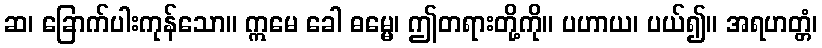
ဆ၊ ခြောက်ပါးကုန်သော။ ဣမေ ခေါ ဓမ္မေ၊ ဤတရားတို့ကို။ ပဟာယ၊ ပယ်၍။ အရဟတ္တံ၊